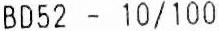
BD52 - 10/100